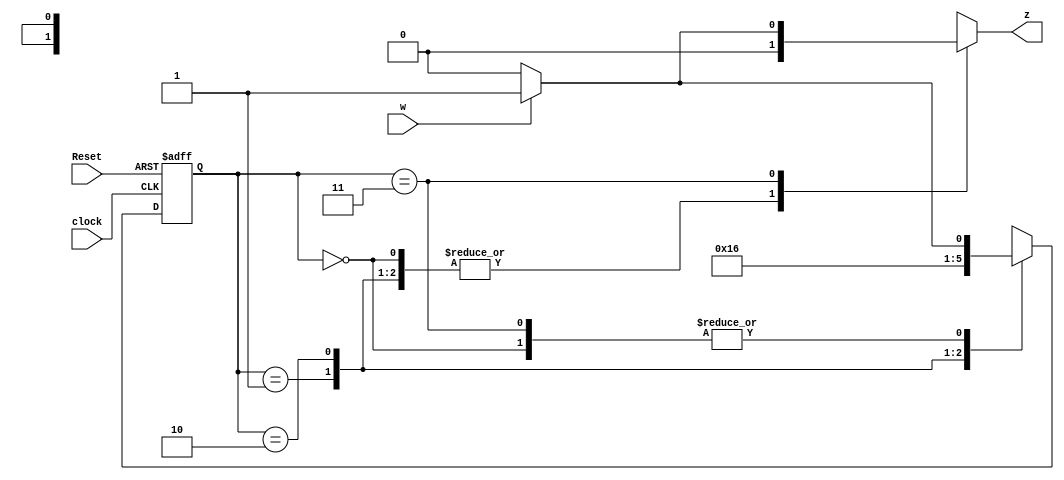
module Exercise6_4 (input clock, input Reset, input w, output reg z);
	parameter [1:0] A = 2'b00, B = 2'b01, C = 2'b10, D = 2'b11;
	reg [1:0]y;
	reg [1:0]Y;
	
	//Combinational block
	always@(w, y) begin
		case (y)
			A:	if (w) begin
					z = 0; Y = B;
					end
				else begin
					z = 0; Y = A;
					end
			B: begin 
				z = 0; Y = C;
				end
			C: begin
				z = 0; Y = D;
				end
			D: if (w) begin
					z = 1; Y = B;
					end
				else begin
					z = 0; Y = A;
					end
			default: begin 
					z = 0; Y = 2'bxx;
					end
		endcase
	end
	
	//Sequential block
	always@(posedge clock, negedge Reset) begin
		if (!Reset) y <= A;
		else y <= Y;
	end
	
	endmodule